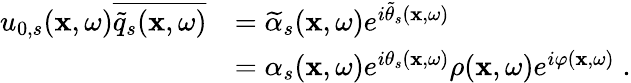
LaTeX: \begin{array}{rl}{u_{0,s}(\mathbf{x},\omega)\overline{{\widetilde{q}_{s}(\mathbf{x},\omega)}}}&{=\widetilde{\alpha}_{s}(\mathbf{x},\omega)e^{i\widetilde{\theta}_{s}(\mathbf{x},\omega)}}\\ &{=\alpha_{s}(\mathbf{x},\omega)e^{i\theta_{s}(\mathbf{x},\omega)}\rho(\mathbf{x},\omega)e^{i\varphi(\mathbf{x},\omega)}\; .}\end{array}